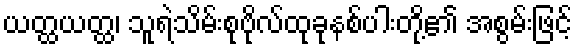
ယတ္ထယတ္ထ၊ သူရဲသိမ်းစုဗိုလ်ထုခုနစ်ပါးတို့၏ အစွမ်းဖြင့်